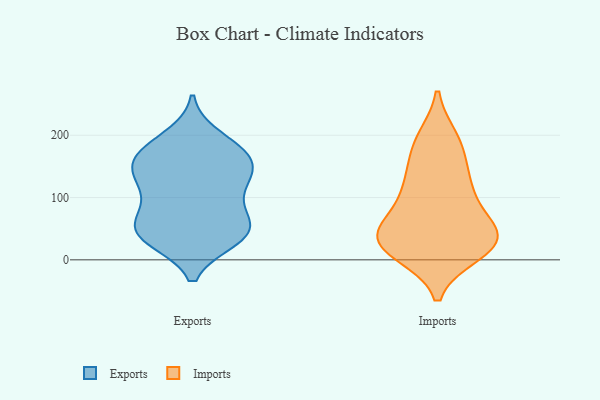
{"axis": {"x": "Net Income (USD K)", "y": "Value"}, "legend": ["Exports", "Imports"], "data": [{"x": "", "y": 33, "type": "Exports"}, {"x": "", "y": 161, "type": "Exports"}, {"x": "", "y": 52, "type": "Exports"}, {"x": "", "y": 94, "type": "Exports"}, {"x": "", "y": 165, "type": "Exports"}, {"x": "", "y": 178, "type": "Exports"}, {"x": "", "y": 83, "type": "Exports"}, {"x": "", "y": 118, "type": "Exports"}, {"x": "", "y": 37, "type": "Exports"}, {"x": "", "y": 42, "type": "Exports"}, {"x": "", "y": 125, "type": "Exports"}, {"x": "", "y": 54, "type": "Exports"}, {"x": "", "y": 141, "type": "Exports"}, {"x": "", "y": 180, "type": "Exports"}, {"x": "", "y": 33, "type": "Exports"}, {"x": "", "y": 57, "type": "Exports"}, {"x": "", "y": 140, "type": "Exports"}, {"x": "", "y": 197, "type": "Exports"}, {"x": "", "y": 149, "type": "Exports"}, {"x": "", "y": 30, "type": "Imports"}, {"x": "", "y": 115, "type": "Imports"}, {"x": "", "y": 39, "type": "Imports"}, {"x": "", "y": 11, "type": "Imports"}, {"x": "", "y": 19, "type": "Imports"}, {"x": "", "y": 29, "type": "Imports"}, {"x": "", "y": 140, "type": "Imports"}, {"x": "", "y": 57, "type": "Imports"}, {"x": "", "y": 192, "type": "Imports"}, {"x": "", "y": 49, "type": "Imports"}, {"x": "", "y": 194, "type": "Imports"}, {"x": "", "y": 25, "type": "Imports"}, {"x": "", "y": 105, "type": "Imports"}, {"x": "", "y": 112, "type": "Imports"}, {"x": "", "y": 20, "type": "Imports"}, {"x": "", "y": 172, "type": "Imports"}, {"x": "", "y": 61, "type": "Imports"}]}